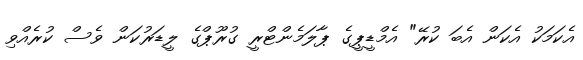
އެކަމަކު އެކަން އެބަ ކުރޭ" އެމްޑީޕީގެ ޕާލަމެންޓްރީ ގުރޫޕްގެ ލީޑަރުކަން ވެސް ކުރެއްވި